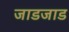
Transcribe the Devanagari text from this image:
जाडजाड